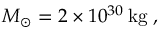
M _ { \odot } = 2 \times 1 0 ^ { 3 0 } \, \mathrm { k g } \; ,